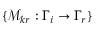
\{ \mathcal { M } _ { k r } : \Gamma _ { i } \to \Gamma _ { r } \}